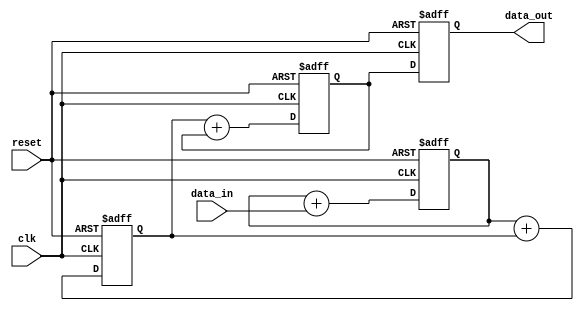
module cascaded_accumulator(
    input clk,
    input reset,
    input [31:0] data_in,
    output reg [31:0] data_out
);

reg [31:0] stage_1_out;
reg [31:0] stage_2_out;
reg [31:0] stage_3_out;
// Add more stages as needed

always @(posedge clk or posedge reset) begin
    if (reset) begin
        data_out <= 32'b0;
        stage_1_out <= 32'b0;
        stage_2_out <= 32'b0;
        stage_3_out <= 32'b0;
        // Reset all stages
    end else begin
        // Stage 1
        stage_1_out <= stage_1_out + data_in;
        
        // Stage 2
        stage_2_out <= stage_1_out + stage_2_out;
        
        // Stage 3
        stage_3_out <= stage_2_out + stage_3_out;
        // Add more stages as needed
        
        data_out <= stage_3_out;
    end
end

endmodule